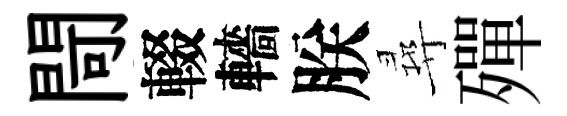
閜輟轖朕尋殫